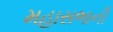
મહાસભાની